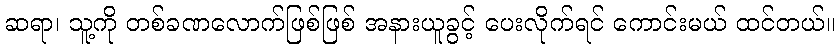
ဆရာ၊ သူ့ကို တစ်ခဏလောက်ဖြစ်ဖြစ် အနားယူခွင့် ပေးလိုက်ရင် ကောင်းမယ် ထင်တယ်။